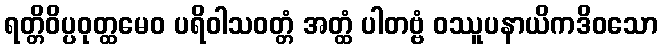
ရတ္တိဝိပ္ပဝုတ္ထမေဝ ပရိဝါသဝတ္တံ အတ္ထံ ပါတဗ္ဗံ ဝဿူပနာယိကဒိဝသော